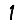
Digit: 1